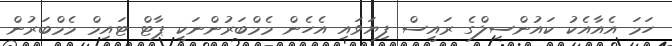
ހަމަ އެއާއެކު ކައުންސިލްގެ ރައީސް ފިޔަވައި އެހެން މެމްބަރުންނަކީ ޕާޓް ޓައިމް މެމްބަރުން